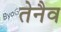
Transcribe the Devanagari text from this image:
तेनैव